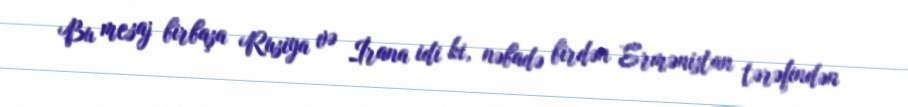
Bu mesaj birbaşa Rusiya və İrana idi ki, nəbadə birdən Ermənistan tərəfindən